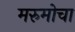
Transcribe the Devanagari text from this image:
मरुमोचा